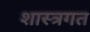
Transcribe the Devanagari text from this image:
शास्त्रगत